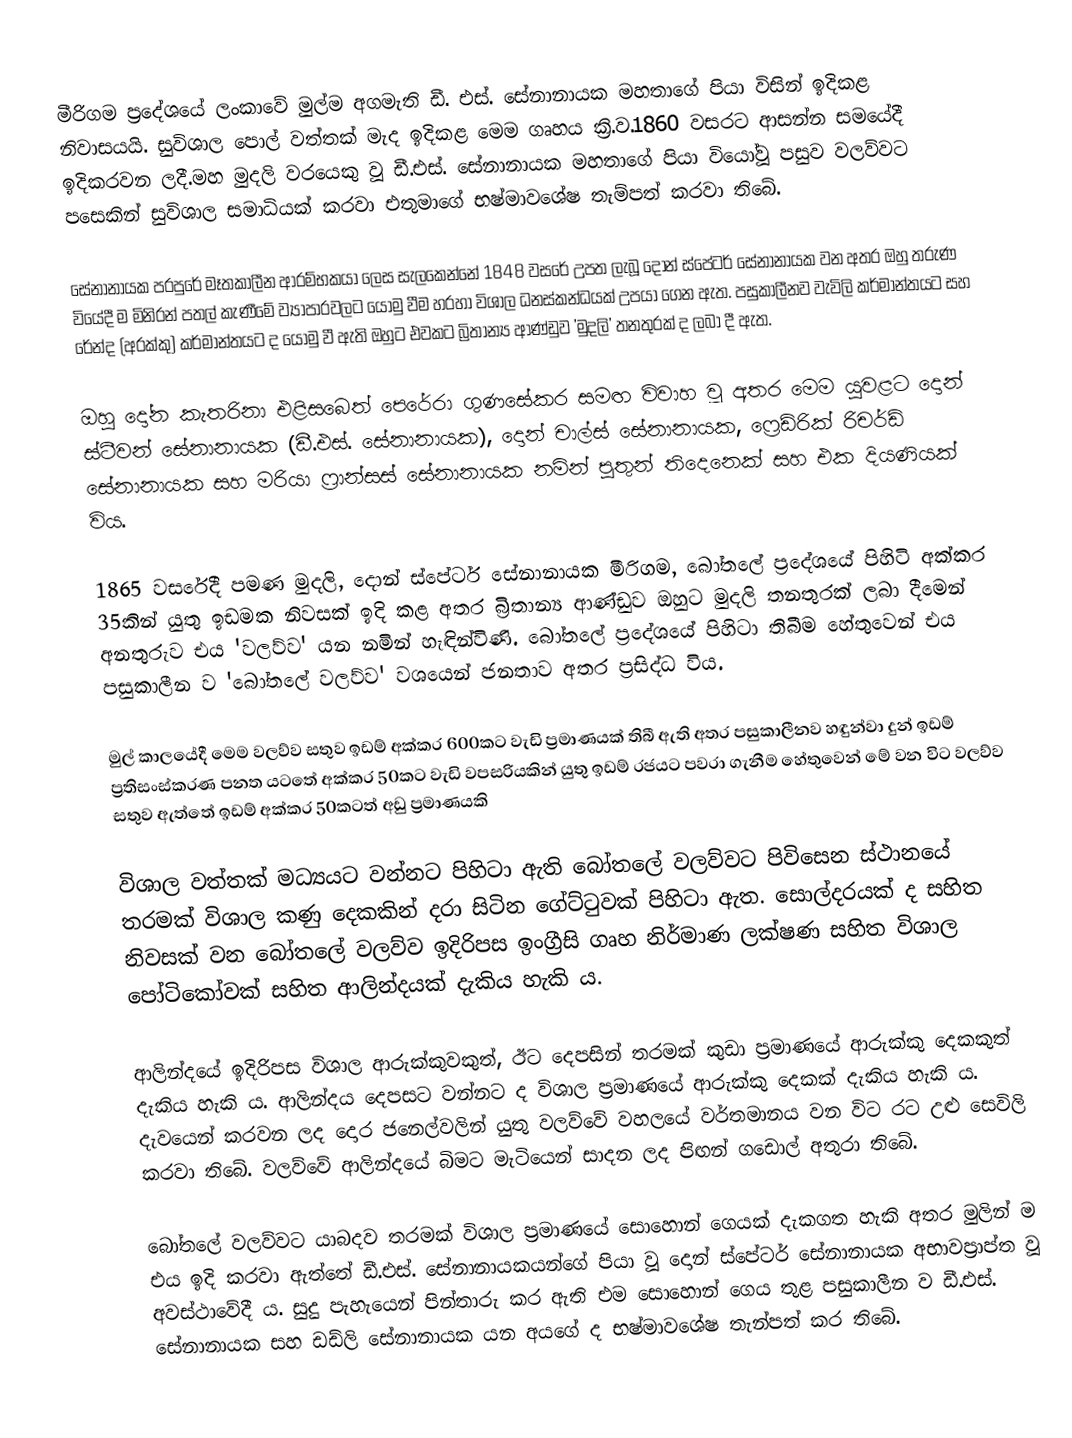
මීරිගම ප්‍රදේශයේ ලංකාවේ මුල්ම අගමැති ඩී. එස්. සේනානායක මහතාගේ පියා විසින් ඉදිකළ නිවාසයයි. සුවිශාල පොල් වත්තක් මැද ඉදිකළ මෙම ගෘහය ක්‍රි.ව.1860 වසරට ආසන්න සමයේදී ඉදිකරවන ලදී.මහ මුදලි වරයෙකු වූ ඩී.එස්. සේනානායක මහතාගේ පියා වියෝවූ පසුව වලව්වට පසෙකින් සුවිශාල සමාධියක් කරවා එතුමාගේ භෂ්මාවශේෂ තැම්පත් කරවා තිබේ.

සේනානායක පරපුරේ මෑතකාලීන ආරම්භකයා ලෙස සැලකෙන්නේ 1848 වසරේ උපත ලැබූ දොන් ස්පේටර් සේනානායක වන අතර ඔහු තරුණ වියේදී ම මිනිරන් පතල් කැණීමේ ව්‍යාපාරවලට යොමු වීම හරහා විශාල ධනස්කන්ධයක් උපයා ගෙන ඇත. පසුකාලීනව වැවිලි කර්මාන්තයට සහ රේන්ද (අරක්කු) කර්මාන්තයට ද යොමු වී ඇති ඔහුට එවකට බ්‍රිතාන්‍ය ආණ්ඩුව  'මුදලි' තනතුරක් ද ලබා දී ඇත.

ඔහු දෝන කැතරිනා එළිසබෙත් පෙරේරා ගුණසේකර සමඟ විවාහ වූ අතර මෙම යුවළට දොන් ස්ටීවන් සේනානායක (ඩී.එස්. සේනානායක), දොන් චාල්ස් සේනානායක, ෆ්‍රෙඩ්රික් රිචර්ඩ් සේනානායක සහ මරියා ෆ්‍රාන්සස් සේනානායක නමින් පුතුන් තිදෙනෙක් සහ එක දියණියක් විය.

1865 වසරේදී පමණ මුදලි, දොන් ස්පේටර් සේනානායක මීරිගම, බෝතලේ ප්‍රදේශයේ පිහිටි අක්කර 35කින් යුතු ඉඩමක නිවසක් ඉදි කළ අතර බ්‍රිතාන්‍ය ආණ්ඩුව ඔහුට මුදලි තනතුරක් ලබා දීමෙන් අනතුරුව එය 'වලව්ව' යන නමින් හැඳින්විණි. බෝතලේ ප්‍රදේශයේ පිහිටා තිබීම හේතුවෙන් එය පසුකාලීන ව 'බෝතලේ වලව්ව' වශයෙන් ජනතාව අතර ප්‍රසිද්ධ විය.

මුල් කාලයේදී මෙම වලව්ව සතුව ඉඩම් අක්කර 600කට වැඩි ප්‍රමාණයක් තිබී ඇති අතර පසුකාලීනව හඳුන්වා දුන් ඉඩම් ප්‍රතිසංස්කරණ පනත යටතේ අක්කර 50කට වැඩි වපසරියකින් යුතු ඉඩම් රජයට පවරා ගැනීම හේතුවෙන් මේ වන විට වලව්ව සතුව ඇත්තේ ඉඩම් අක්කර 50කටත් අඩු ප්‍රමාණයකි

විශාල වත්තක් මධ්‍යයට වන්නට පිහිටා ඇති බෝතලේ වලව්වට පිවිසෙන ස්ථානයේ තරමක් විශාල කණු දෙකකින් දරා සිටින ගේට්ටුවක් පිහිටා ඇත. සොල්දරයක් ද සහිත නිවසක් වන බෝතලේ වලව්ව ඉදිරිපස ඉංග්‍රීසි ගෘහ නිර්මාණ ලක්ෂණ සහිත විශාල පෝටිකෝවක් සහිත ආලින්දයක් දැකිය හැකි ය.

ආලින්දයේ ඉදිරිපස විශාල ආරුක්කුවකුත්, ඊට දෙපසින් තරමක් කුඩා ප්‍රමාණයේ ආරුක්කු දෙකකුත් දැකිය හැකි ය. ආලින්දය දෙපසට වන්නට ද විශාල ප්‍රමාණයේ ආරුක්කු දෙකක් දැකිය හැකි ය. දැවයෙන් කරවන ලද දොර ජනෙල්වලින් යුතු වලව්වේ වහලයේ වර්තමානය වන විට රට උළු සෙවිලි කරවා තිබේ. වලව්වේ ආලින්දයේ බිමට මැටියෙන් සාදන ලද පිඟන් ගඩොල් අතුරා තිබේ.

බෝතලේ වලව්වට යාබදව තරමක් විශාල ප්‍රමාණයේ සොහොන් ගෙයක් දැකගත හැකි අතර මුලින් ම එය ඉදි කරවා ඇත්තේ ඩී.එස්. සේනානායකයන්ගේ පියා වූ දොන් ස්පේටර් සේනානායක අභාවප්‍රාප්ත වූ අවස්ථාවේදී ය. සුදු පැහැයෙන් පින්තාරු කර ඇති එම සොහොන් ගෙය තුළ පසුකාලීන ව ඩී.එස්. සේනානායක සහ ඩඩ්ලි සේනානායක යන අයගේ ද භෂ්මාවශේෂ තැන්පත් කර තිබේ.